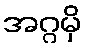
အဂ္ဂမှိ